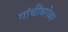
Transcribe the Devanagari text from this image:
गांधींबरोबर